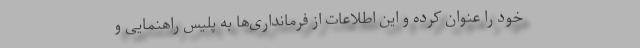
خود را عنوان کرده و این اطلاعات از فرمانداری‌ها به پلیس راهنمایی و